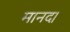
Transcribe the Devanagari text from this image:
मानद।